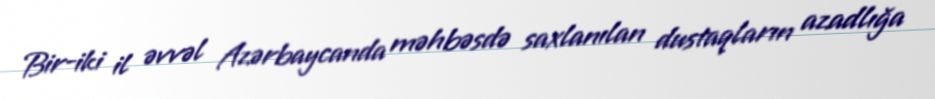
Bir-iki il əvvəl Azərbaycanda məhbəsdə saxlanılan dustaqların azadlığa